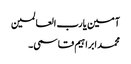
آمین یارب العالمین
محمد ابراہیم قاسمی۔